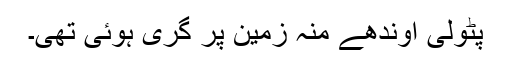
پٹولی اوندھے منہ زمین پر گری ہوئی تھی۔